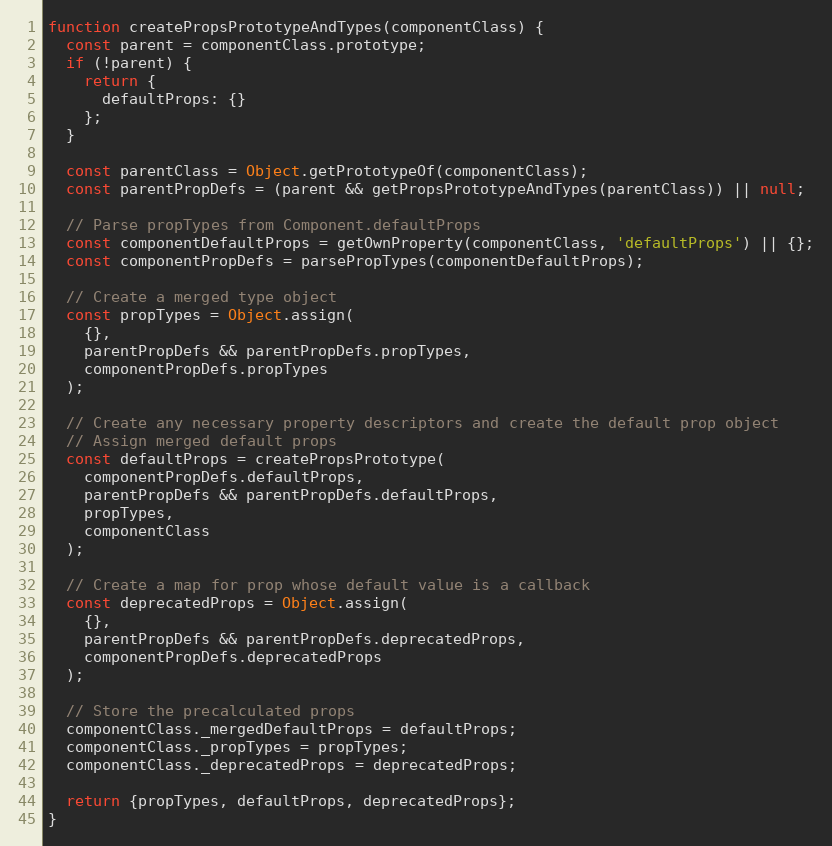
Language: JavaScript
function createPropsPrototypeAndTypes(componentClass) {
  const parent = componentClass.prototype;
  if (!parent) {
    return {
      defaultProps: {}
    };
  }

  const parentClass = Object.getPrototypeOf(componentClass);
  const parentPropDefs = (parent && getPropsPrototypeAndTypes(parentClass)) || null;

  // Parse propTypes from Component.defaultProps
  const componentDefaultProps = getOwnProperty(componentClass, 'defaultProps') || {};
  const componentPropDefs = parsePropTypes(componentDefaultProps);

  // Create a merged type object
  const propTypes = Object.assign(
    {},
    parentPropDefs && parentPropDefs.propTypes,
    componentPropDefs.propTypes
  );

  // Create any necessary property descriptors and create the default prop object
  // Assign merged default props
  const defaultProps = createPropsPrototype(
    componentPropDefs.defaultProps,
    parentPropDefs && parentPropDefs.defaultProps,
    propTypes,
    componentClass
  );

  // Create a map for prop whose default value is a callback
  const deprecatedProps = Object.assign(
    {},
    parentPropDefs && parentPropDefs.deprecatedProps,
    componentPropDefs.deprecatedProps
  );

  // Store the precalculated props
  componentClass._mergedDefaultProps = defaultProps;
  componentClass._propTypes = propTypes;
  componentClass._deprecatedProps = deprecatedProps;

  return {propTypes, defaultProps, deprecatedProps};
}